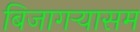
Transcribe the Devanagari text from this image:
बिजागऱ्यासम